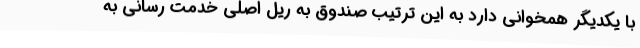
با یکدیگر همخوانی دارد به این ترتیب صندوق به ریل اصلی خدمت رسانی به